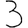
Digit: 3